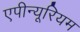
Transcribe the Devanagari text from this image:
एपीन्यूरियम